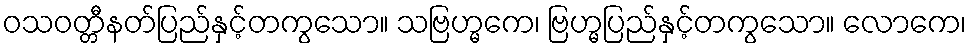
ဝသဝတ္တီနတ်ပြည်နှင့်တကွသော။ သဗြဟ္မကေ၊ ဗြဟ္မပြည်နှင့်တကွသော။ လောကေ၊